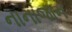
નાનાજાન